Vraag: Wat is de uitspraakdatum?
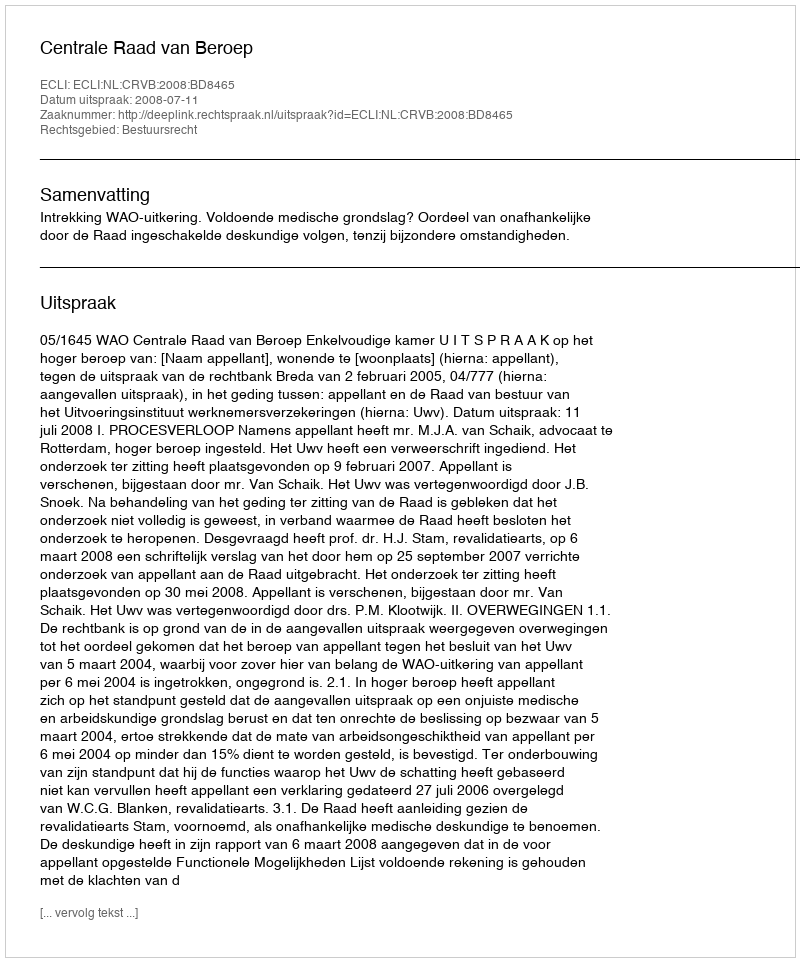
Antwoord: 2008-07-11